Report of the Indian Hemp Drugs Commission, 1894-1895 - Volume V
Year: 1894
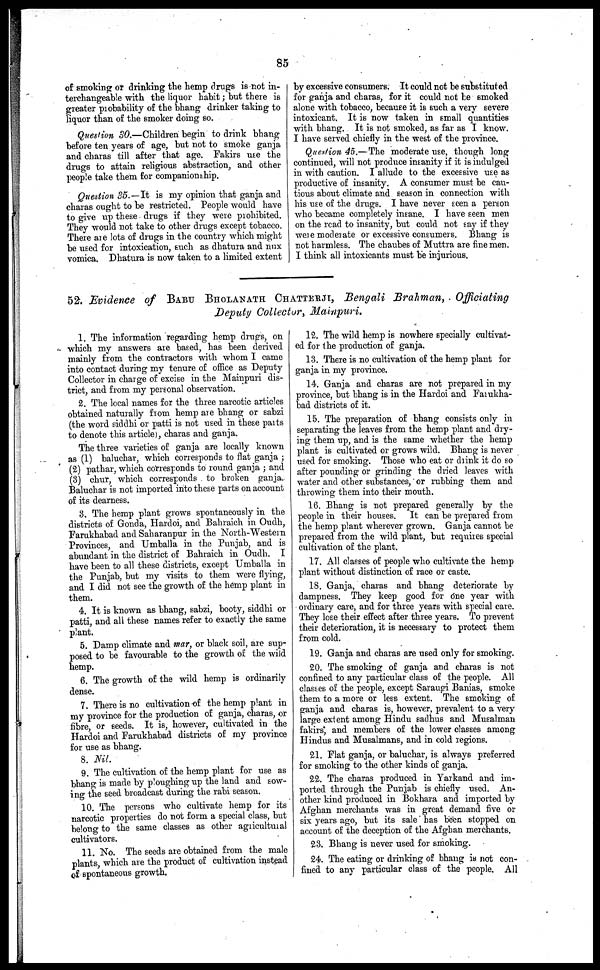
85
of smoking or drinking the hemp drugs is not in-
terchangeable with the liquor habit; but there is
greater probability of the bhang drinker taking to
liquor than of the smoker doing so.
Question 30.—Children begin to drink bhang
before ten years of age, but not to smoke ganja
and charas till after that age. Fakirs use the
drugs to attain religious abstraction, and other
people take them for companionship.
Question 35.—It is my opinion that ganja and
charas ought to be restricted. People would have
to give up these drugs if they were prohibited.
They would not take to other drugs except tobacco.
There are lots of drugs in the country which might
be used for intoxication, such as dhatura and nux
vomica. Dhatura is now taken to a limited extent
by excessive consumers. It could not be substituted
for ganja and charas, for it could not be smoked
alone with tobacco, because it is such a very severe
intoxicant. It is now taken in small quantities
with bhang. It is not smoked, as far as I know.
I have served chiefly in the west of the province.
Question 45.—The moderate use, though long
continued, will not produce insanity if it is indulged
in with caution. I allude to the excessive use as
productive of insanity. A consumer must be cau-
tious about climate and season in connection with
his use of the drugs. I have never seen a person
who became completely insane. I have seen men
on the read to insanity, but could not say if they
were moderate or excessive consumers. Bhang is
not harmless. The chaubes of Muttra are fine men.
I think all intoxicants must be injurious.
52. Evidence of BABU BHOLANATH CHATTERJI, Bengali Brahman , . Officiating
Deputy Collector, Mainpuri.
1. The information regarding hemp drugs, on
which my answers are based, has been derived
mainly from the contractors with whom I came
into contact during my tenure of office as Deputy
Collector in charge of excise in the Mainpuri dis-
trict, and from my personal observation.
2. The local names for the three narcotic articles
obtained naturally from hemp are bhang or sabzi
(the word siddhi or patti is not used in these parts
to denote this article), charas and ganja.
The three varieties of ganja are locally known
as (1) baluchar, which corresponds to flat ganja ;
(2) pathar, which corresponds to round ganja ; and
(3) chur, which corresponds to broken ganja,
Baluchar is not imported into these parts on account
of its dearness.
3. The hemp plant grows spontaneously in the
districts of Gonda, Hardoi, and Bahraich in Oudh,
Farukhabad and Saharanpur in the North-Western
Provinces, and Umballa in the Punjab, and is
abundant in the district of Bahraich in Oudh. I
have been to all these districts, except Umballa in
the Punjab, but my visits to them were flying,
and I did not see the growth of the hemp plant in
them.
4. It is known as bhang, sabzi, booty, siddhi or
patti, and all these names refer to exactly the same
plant.
5. Damp climate and mar, or black soil, are sup-
posed to be favourable to the growth of the wild
hemp.
6. The growth of the wild hemp is ordinarily
dense.
7. There is no cultivation of the hemp plant in
my province for the production of ganja, charas, or
fibre, or seeds. It is, however, cultivated in the
Hardoi and Farukhabad districts of my province
for use as bhang.
8. Nil.
9. The cultivation of the hemp plant for use as
bhang is made by ploughing up the land and sow-
ing the seed broadcast during the rabi season.
10. The persons who cultivate hemp for its
narcotic properties do not form a special class, but
belong to the same classes as other agricultural
cultivators.
11. No. The seeds are obtained from the male
plants, which are the product of cultivation instead
of spontaneous growth.
12. The wild hemp is nowhere specially cultivat-
ed for the production of ganja.
13. There is no cultivation of the hemp plant for
ganja in my province.
14. Ganja and charas are not prepared in my
province, but bhang is in the Hardoi and Farukha-
bad districts of it.
15. The preparation of bhang consists only in
separating the leaves from the hemp plant and dry-
ing them up, and is the same whether the hemp
plant is cultivated or grows wild. Bhang is never
used for smoking. Those who eat or drink it do so
after pounding or grinding the dried leaves with
water and other substances, or rubbing them and
throwing them into their mouth.
16. Bhang is not prepared generally by the
people in their houses. It can be prepared from
the hemp plant wherever grown. Ganja cannot be
prepared from the wild plant, but requires special
cultivation of the plant.
17. All classes of people who cultivate the hemp
plant without distinction of race or caste.
18. Ganja, charas and bhang deteriorate by
dampness. They keep good for one year with
ordinary care, and for three years with special care.
They lose their effect after three years. To prevent
their deterioration, it is necessary to protect them
from cold.
19. Ganja and charas are used only for smoking.
20. The smoking of ganja and charas is not
confined to any particular class of the people. All
classes of the people, except Saraugi Banias, smoke
them to a more or less extent. The smoking of
ganja and charas is, however, prevalent to a very
large extent among Hindu sadhus and Musalman
fakirs, and members of the lower classes among
Hindus and Musalmans, and in cold regions.
21. Flat ganja, or baluchar, is always preferred
for smoking to the other kinds of ganja.
22. The eharas produced in Yarkand and im-
ported through the Punjab is chiefly used. An-
other kind produced in Bokhara and imported by
Afghan merchants was in great demand five or
six years ago, but its sale has been stopped on
account of the deception of the Afghan merchants.
23. Bhang is never used for smoking.
24. The eating or drinking of bhang is not con-
fined to any particular class of the people. All